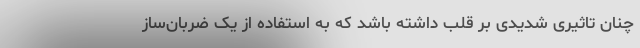
چنان تاثیری شدیدی بر قلب داشته باشد که به استفاده از یک ضربان‌ساز